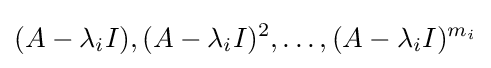
(A-\lambda _{i}I),(A-\lambda _{i}I)^{2},\ldots ,(A-\lambda _{i}I)^{m_{i}}